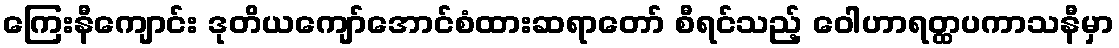
ကြေးနီကျောင်း ဒုတိယကျော်အောင်စံထားဆရာတော် စီရင်သည့် ဝေါဟာရတ္ထပကာသနီမှာ